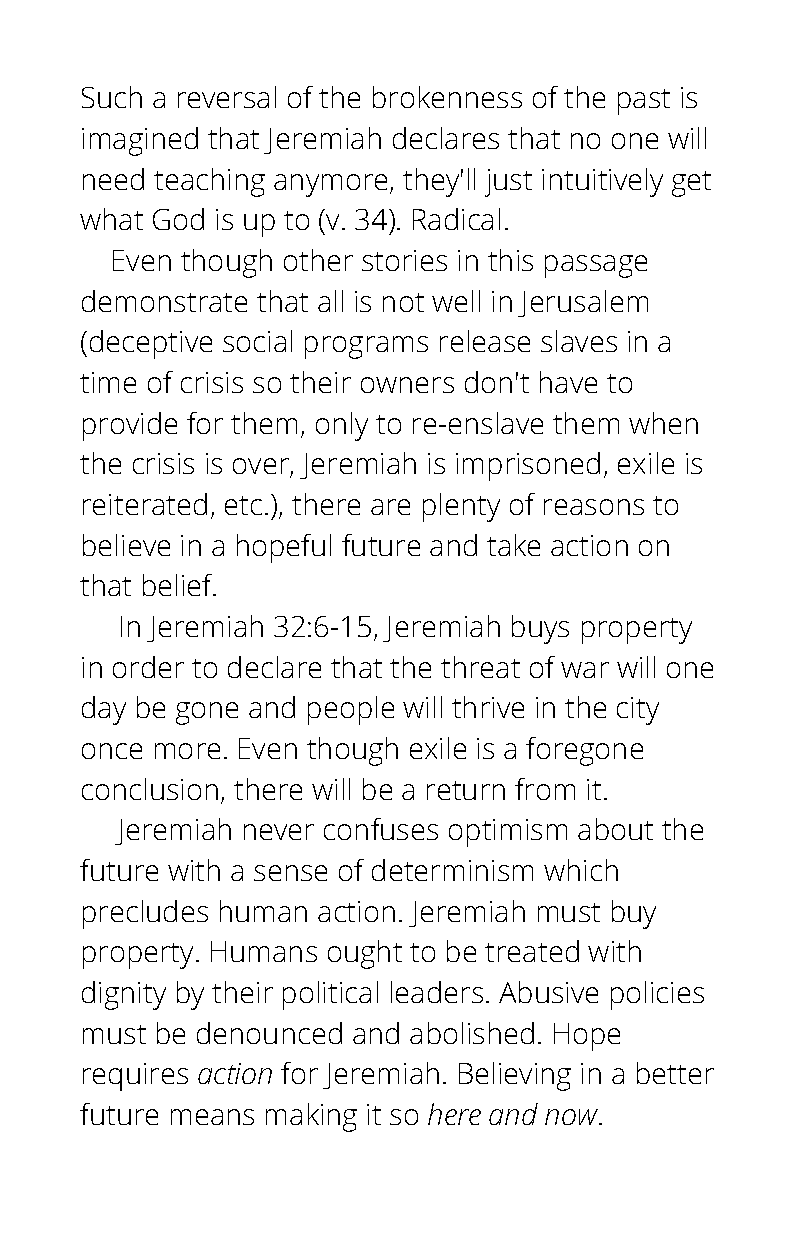
Such a reversal of the brokenness of the past is
 imagined that Jeremiah declares that no one will
 need teaching anymore, they'll just intuitively get
 what God is up to (v. 34). Radical.
 Even though other stories in this passage
 demonstrate that all is not well in Jerusalem
 (deceptive social programs release slaves in a
 time of crisis so their owners don't have to
 provide for them, only to re-enslave them when
 the crisis is over, Jeremiah is imprisoned, exile is
 reiterated, etc.), there are plenty of reasons to
 believe in a hopeful future and take action on
 that belief.
 In Jeremiah 32:6-15, Jeremiah buys property
 in order to declare that the threat of war will one
 day be gone and people will thrive in the city
 once more. Even though exile is a foregone
 conclusion, there will be a return from it.
 Jeremiah never confuses optimism about the
 future with a sense of determinism which
 precludes human action. Jeremiah must buy
 property. Humans ought to be treated with
 dignity by their political leaders. Abusive policies
 must be denounced and abolished. Hope
 requires action for Jeremiah. Believing in a better
 future means making it so here and now.